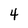
Character: 4